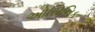
ઓસિનિક